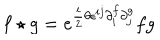
LaTeX: f \star g = e ^ { { \frac { i } { 2 } } \theta \epsilon ^ { i j } \partial _ { i } ^ { f } \partial _ { j } ^ { g } } f g